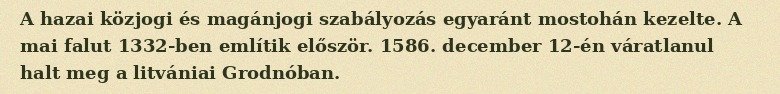
A hazai közjogi és magánjogi szabályozás egyaránt mostohán kezelte. A mai falut 1332-ben említik először. 1586. december 12-én váratlanul halt meg a litvániai Grodnóban.